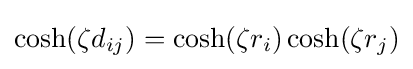
\cosh(\zeta d_{ij})=\cosh(\zeta r_{i})\cosh(\zeta r_{j})